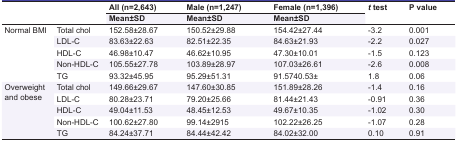
<table><thead><tr><td rowspan="2"></td><td rowspan="2"></td><td><b>All (n=2,643)</b></td><td><b>Male (n=1,247)</b></td><td><b>Female (n=1,396)</b></td><td rowspan="2"><b><i>t</i> test</b></td><td rowspan="2"><b>P value</b></td></tr><tr><td><b>Mean±SD</b></td><td><b>Mean±SD</b></td><td><b>Mean±SD</b></td></tr></thead><tbody><tr><td rowspan="5"> Normal BMI </td><td> Total chol </td><td> 152.58±28.67 </td><td> 150.52±29.88 </td><td> 154.42±27.44 </td><td> -3.2 </td><td> 0.001 </td></tr><tr><td> LDL-C </td><td> 83.63±22.63 </td><td> 82.51±22.35 </td><td> 84.63±21.93 </td><td> -2.2 </td><td> 0.027 </td></tr><tr><td> HDL-C </td><td> 46.98±10.47 </td><td> 46.62±10.95 </td><td> 47.30±10.01 </td><td> -1.5 </td><td> 0.123 </td></tr><tr><td> Non-HDL-C </td><td> 105.55±27.78 </td><td> 103.89±28.97 </td><td> 107.03±26.61 </td><td> -2.6 </td><td> 0.008 </td></tr><tr><td> TG </td><td> 93.32±45.95 </td><td> 95.29±51.31 </td><td> 91.57±40.53 </td><td> 1.8 </td><td> 0.06 </td></tr><tr><td rowspan="5"> Overweight and obese </td><td> Total chol </td><td> 149.66±29.67 </td><td> 147.60±30.85 </td><td> 151.89±28.26 </td><td> -1.4 </td><td> 0.16 </td></tr><tr><td> LDL-C </td><td> 80.28±23.71 </td><td> 79.20±25.66 </td><td> 81.44±21.43 </td><td> -0.91 </td><td> 0.36 </td></tr><tr><td> HDL-C </td><td> 49.04±11.53 </td><td> 48.45±12.53 </td><td> 49.67±10.35 </td><td> -1.02 </td><td> 0.30 </td></tr><tr><td> Non-HDL-C </td><td> 100.62±27.80 </td><td> 99.14±2915 </td><td> 102.22±26.25 </td><td> -1.07 </td><td> 0.28 </td></tr><tr><td> TG </td><td> 84.24±37.71 </td><td> 84.44±42.42 </td><td> 84.02±32.00 </td><td> 0.10 </td><td> 0.91 </td></tr></tbody></table>